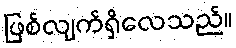
ဖြစ်လျက်ရှိလေသည်။